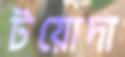
টয়োদা